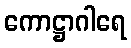
ကောဋ္ဌာဂါရေ